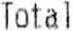
TOTAL